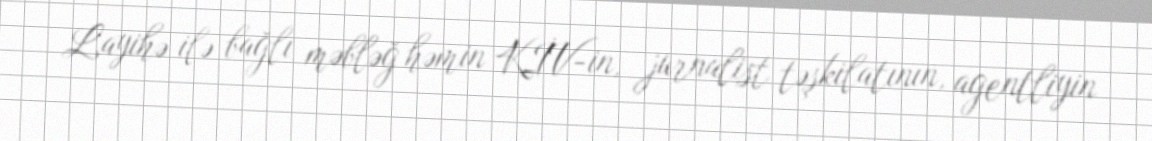
Layihə ilə bağlı məbləğ həmin KİV-in, jurnalist təşkilatının, agentliyin